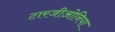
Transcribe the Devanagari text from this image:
टारजीओनिया